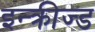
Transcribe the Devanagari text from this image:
इन्क्रीज्ड